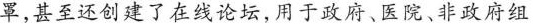
罩,甚至还创建了在线论坛,用于政府、医院、非政府组